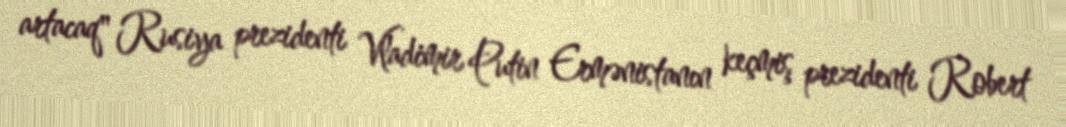
artacaq" Rusiya prezidenti Vladimir Putin Ermənistanın keçmiş prezidenti Robert